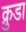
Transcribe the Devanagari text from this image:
क्रुडा